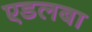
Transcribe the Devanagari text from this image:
एडलबा